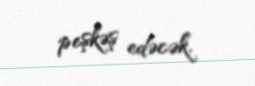
peşkəş edəcək.